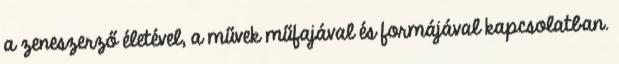
a zeneszerző életével, a művek műfajával és formájával kapcsolatban.